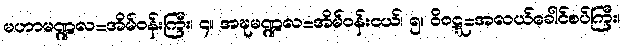
မဟာမဏ္ဍလ=အိမ်ဝန်းကြီး၊ ၄။ အဍ္ဎမဏ္ဍလ=အိမ်ဝန်းငယ်၊ ၅။ ဝိဝဋ္ဋ=အလယ်ခေါင်စပ်ကြီး၊